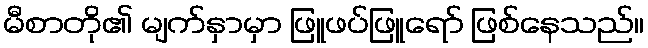
မီစာတို၏ မျက်နှာမှာ ဖြူဖပ်ဖြူရော် ဖြစ်နေသည်။